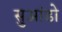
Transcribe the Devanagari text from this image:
सुआंडो